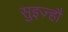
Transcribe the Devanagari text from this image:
सुइज़्हौ